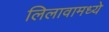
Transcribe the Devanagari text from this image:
लिलावामध्ये